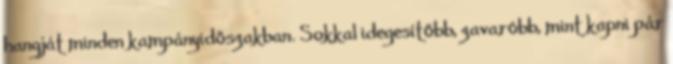
hangját minden kampányidőszakban. Sokkal idegesítőbb, zavaróbb, mint kapni pár